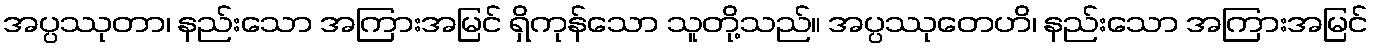
အပ္ပဿုတာ၊ နည်းသော အကြားအမြင် ရှိကုန်သော သူတို့သည်။ အပ္ပဿုတေဟိ၊ နည်းသော အကြားအမြင်